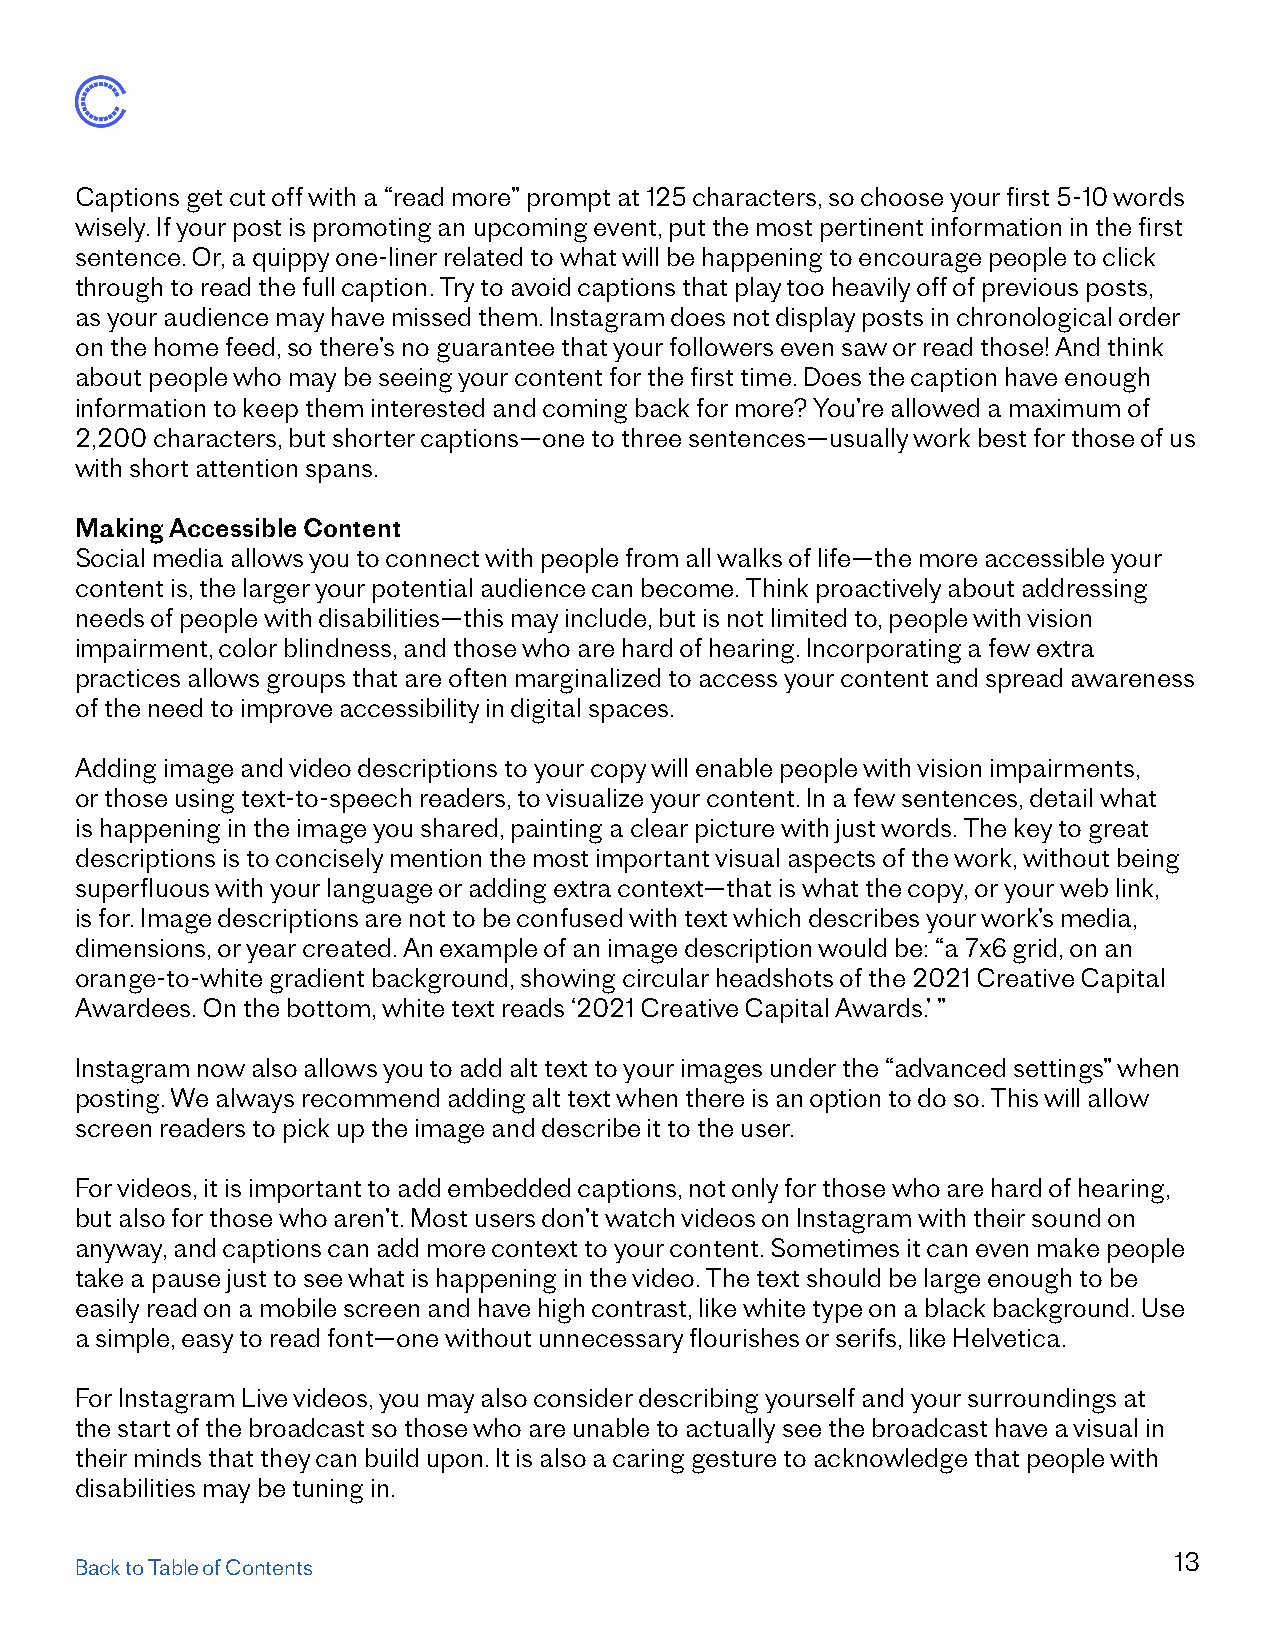
Captions get cut off with a “read more” prompt at 125 characters, so choose your first 5-10 words
 wisely. If your post is promoting an upcoming event, put the most pertinent information in the first
 sentence. Or, a quippy one-liner related to what will be happening to encourage people to click
 through to read the full caption. Try to avoid captions that play too heavily off of previous posts,
 as your audience may have missed them. Instagram does not display posts in chronological order
 on the home feed, so there’s no guarantee that your followers even saw or read those! And think
 about people who may be seeing your content for the first time. Does the caption have enough
 information to keep them interested and coming back for more? You’re allowed a maximum of
 2,200 characters, but shorter captions—one to three sentences—usually work best for those of us
 with short attention spans.
 Making Accessible Content
 Social media allows you to connect with people from all walks of life—the more accessible your
 content is, the larger your potential audience can become. Think proactively about addressing
 needs of people with disabilities—this may include, but is not limited to, people with vision
 impairment, color blindness, and those who are hard of hearing. Incorporating a few extra
 practices allows groups that are often marginalized to access your content and spread awareness
 of the need to improve accessibility in digital spaces.
 Adding image and video descriptions to your copy will enable people with vision impairments,
 or those using text-to-speech readers, to visualize your content. In a few sentences, detail what
 is happening in the image you shared, painting a clear picture with just words. The key to great
 descriptions is to concisely mention the most important visual aspects of the work, without being
 superfluous with your language or adding extra context—that is what the copy, or your web link,
 is for. Image descriptions are not to be confused with text which describes your work’s media,
 dimensions, or year created. An example of an image description would be: “a 7x6 grid, on an
 orange-to-white gradient background, showing circular headshots of the 2021 Creative Capital
 Awardees. On the bottom, white text reads ‘2021 Creative Capital Awards.’ ”
 Instagram now also allows you to add alt text to your images under the “advanced settings” when
 posting. We always recommend adding alt text when there is an option to do so. This will allow
 screen readers to pick up the image and describe it to the user.
 For videos, it is important to add embedded captions, not only for those who are hard of hearing,
 but also for those who aren’t. Most users don’t watch videos on Instagram with their sound on
 anyway, and captions can add more context to your content. Sometimes it can even make people
 take a pause just to see what is happening in the video. The text should be large enough to be
 easily read on a mobile screen and have high contrast, like white type on a black background. Use
 a simple, easy to read font—one without unnecessary flourishes or serifs, like Helvetica.
 For Instagram Live videos, you may also consider describing yourself and your surroundings at
 the start of the broadcast so those who are unable to actually see the broadcast have a visual in
 their minds that they can build upon. It is also a caring gesture to acknowledge that people with
 disabilities may be tuning in.
 13
 Back to Table of Contents